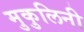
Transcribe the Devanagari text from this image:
मुकुलिनी